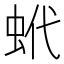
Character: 蚮